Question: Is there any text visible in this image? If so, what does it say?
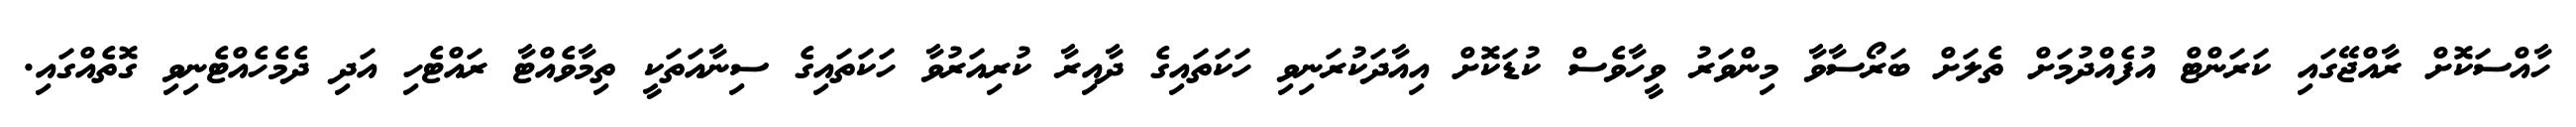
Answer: ހާއްސަކޮށް ރާއްޖޭގައި ކަރަންޓް އުފެއްދުމަށް ތެލަށް ބަރޯސާވާ މިންވަރު ވީހާވެސް ކުޑަކޮށް އިއާދަކުރަނިވި ހަކަތައިގެ ދާއިރާ ކުރިއަރުވާ ހަކަތައިގެ ސިނާއަތަކީ ތިމާވެއްޓާ ރައްޓެހި އަދި ދެމެހެއްޓެނިވި ގޮތެއްގައި.